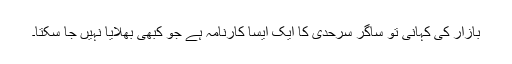
بازار کی کہانی تو ساگر سرحدی کا ایک ایسا کارنامہ ہے جو کبھی بھلایا نہیں جا سکتا۔